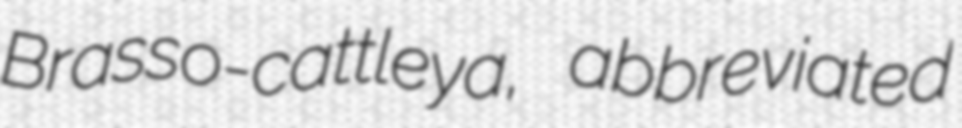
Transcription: Brasso-cattleya, abbreviated